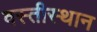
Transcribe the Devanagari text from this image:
वस्तीस्थान